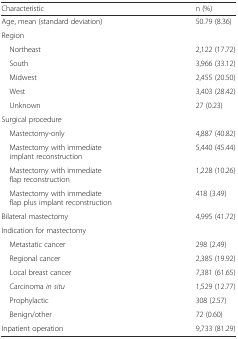
<table><thead><tr><td><b>Characteristic</b></td><td><b>n (%)</b></td></tr></thead><tbody><tr><td>Age, mean (standard deviation)</td><td>50.79 (8.36)</td></tr><tr><td colspan="2">Region</td></tr><tr><td> Northeast</td><td>2,122 (17.72)</td></tr><tr><td> South</td><td>3,966 (33.12)</td></tr><tr><td> Midwest</td><td>2,455 (20.50)</td></tr><tr><td> West</td><td>3,403 (28.42)</td></tr><tr><td> Unknown</td><td>27 (0.23)</td></tr><tr><td colspan="2">Surgical procedure</td></tr><tr><td> Mastectomy-only</td><td>4,887 (40.82)</td></tr><tr><td> Mastectomy with immediate implant reconstruction</td><td>5,440 (45.44)</td></tr><tr><td> Mastectomy with immediate flap reconstruction</td><td>1,228 (10.26)</td></tr><tr><td> Mastectomy with immediate flap plus implant reconstruction</td><td>418 (3.49)</td></tr><tr><td>Bilateral mastectomy</td><td>4,995 (41.72)</td></tr><tr><td colspan="2">Indication for mastectomy</td></tr><tr><td> Metastatic cancer</td><td>298 (2.49)</td></tr><tr><td> Regional cancer</td><td>2,385 (19.92)</td></tr><tr><td> Local breast cancer</td><td>7,381 (61.65)</td></tr><tr><td> Carcinoma <i>in situ</i></td><td>1,529 (12.77)</td></tr><tr><td> Prophylactic</td><td>308 (2.57)</td></tr><tr><td> Benign/other</td><td>72 (0.60)</td></tr><tr><td>Inpatient operation</td><td>9,733 (81.29)</td></tr></tbody></table>